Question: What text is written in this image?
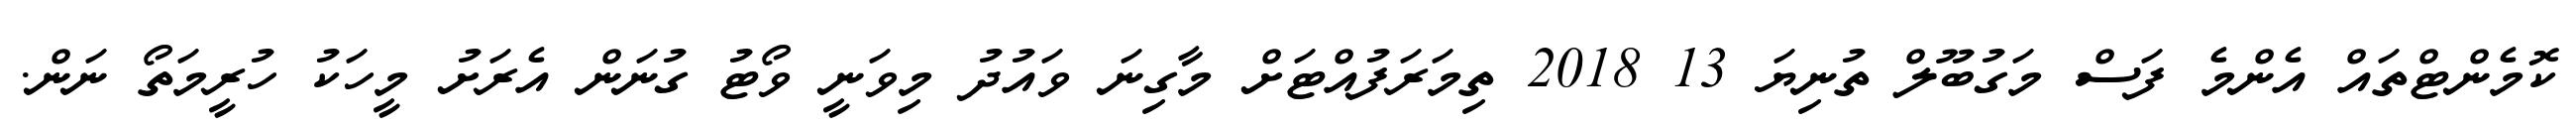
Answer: ކޮމެންޓްތައް އެންމެ ފަސް މަގުބޫލް ތުނިޔަ 13 2018 ތިމަރަފުއްޓަށް މާގިނަ ވައުދު މިވަނީ ވޯޓު ގުނަން އެރަށު މީހަކު ހުރީމަތޯ ނަން.